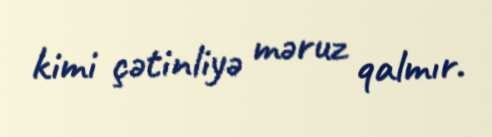
kimi çətinliyə məruz qalmır.